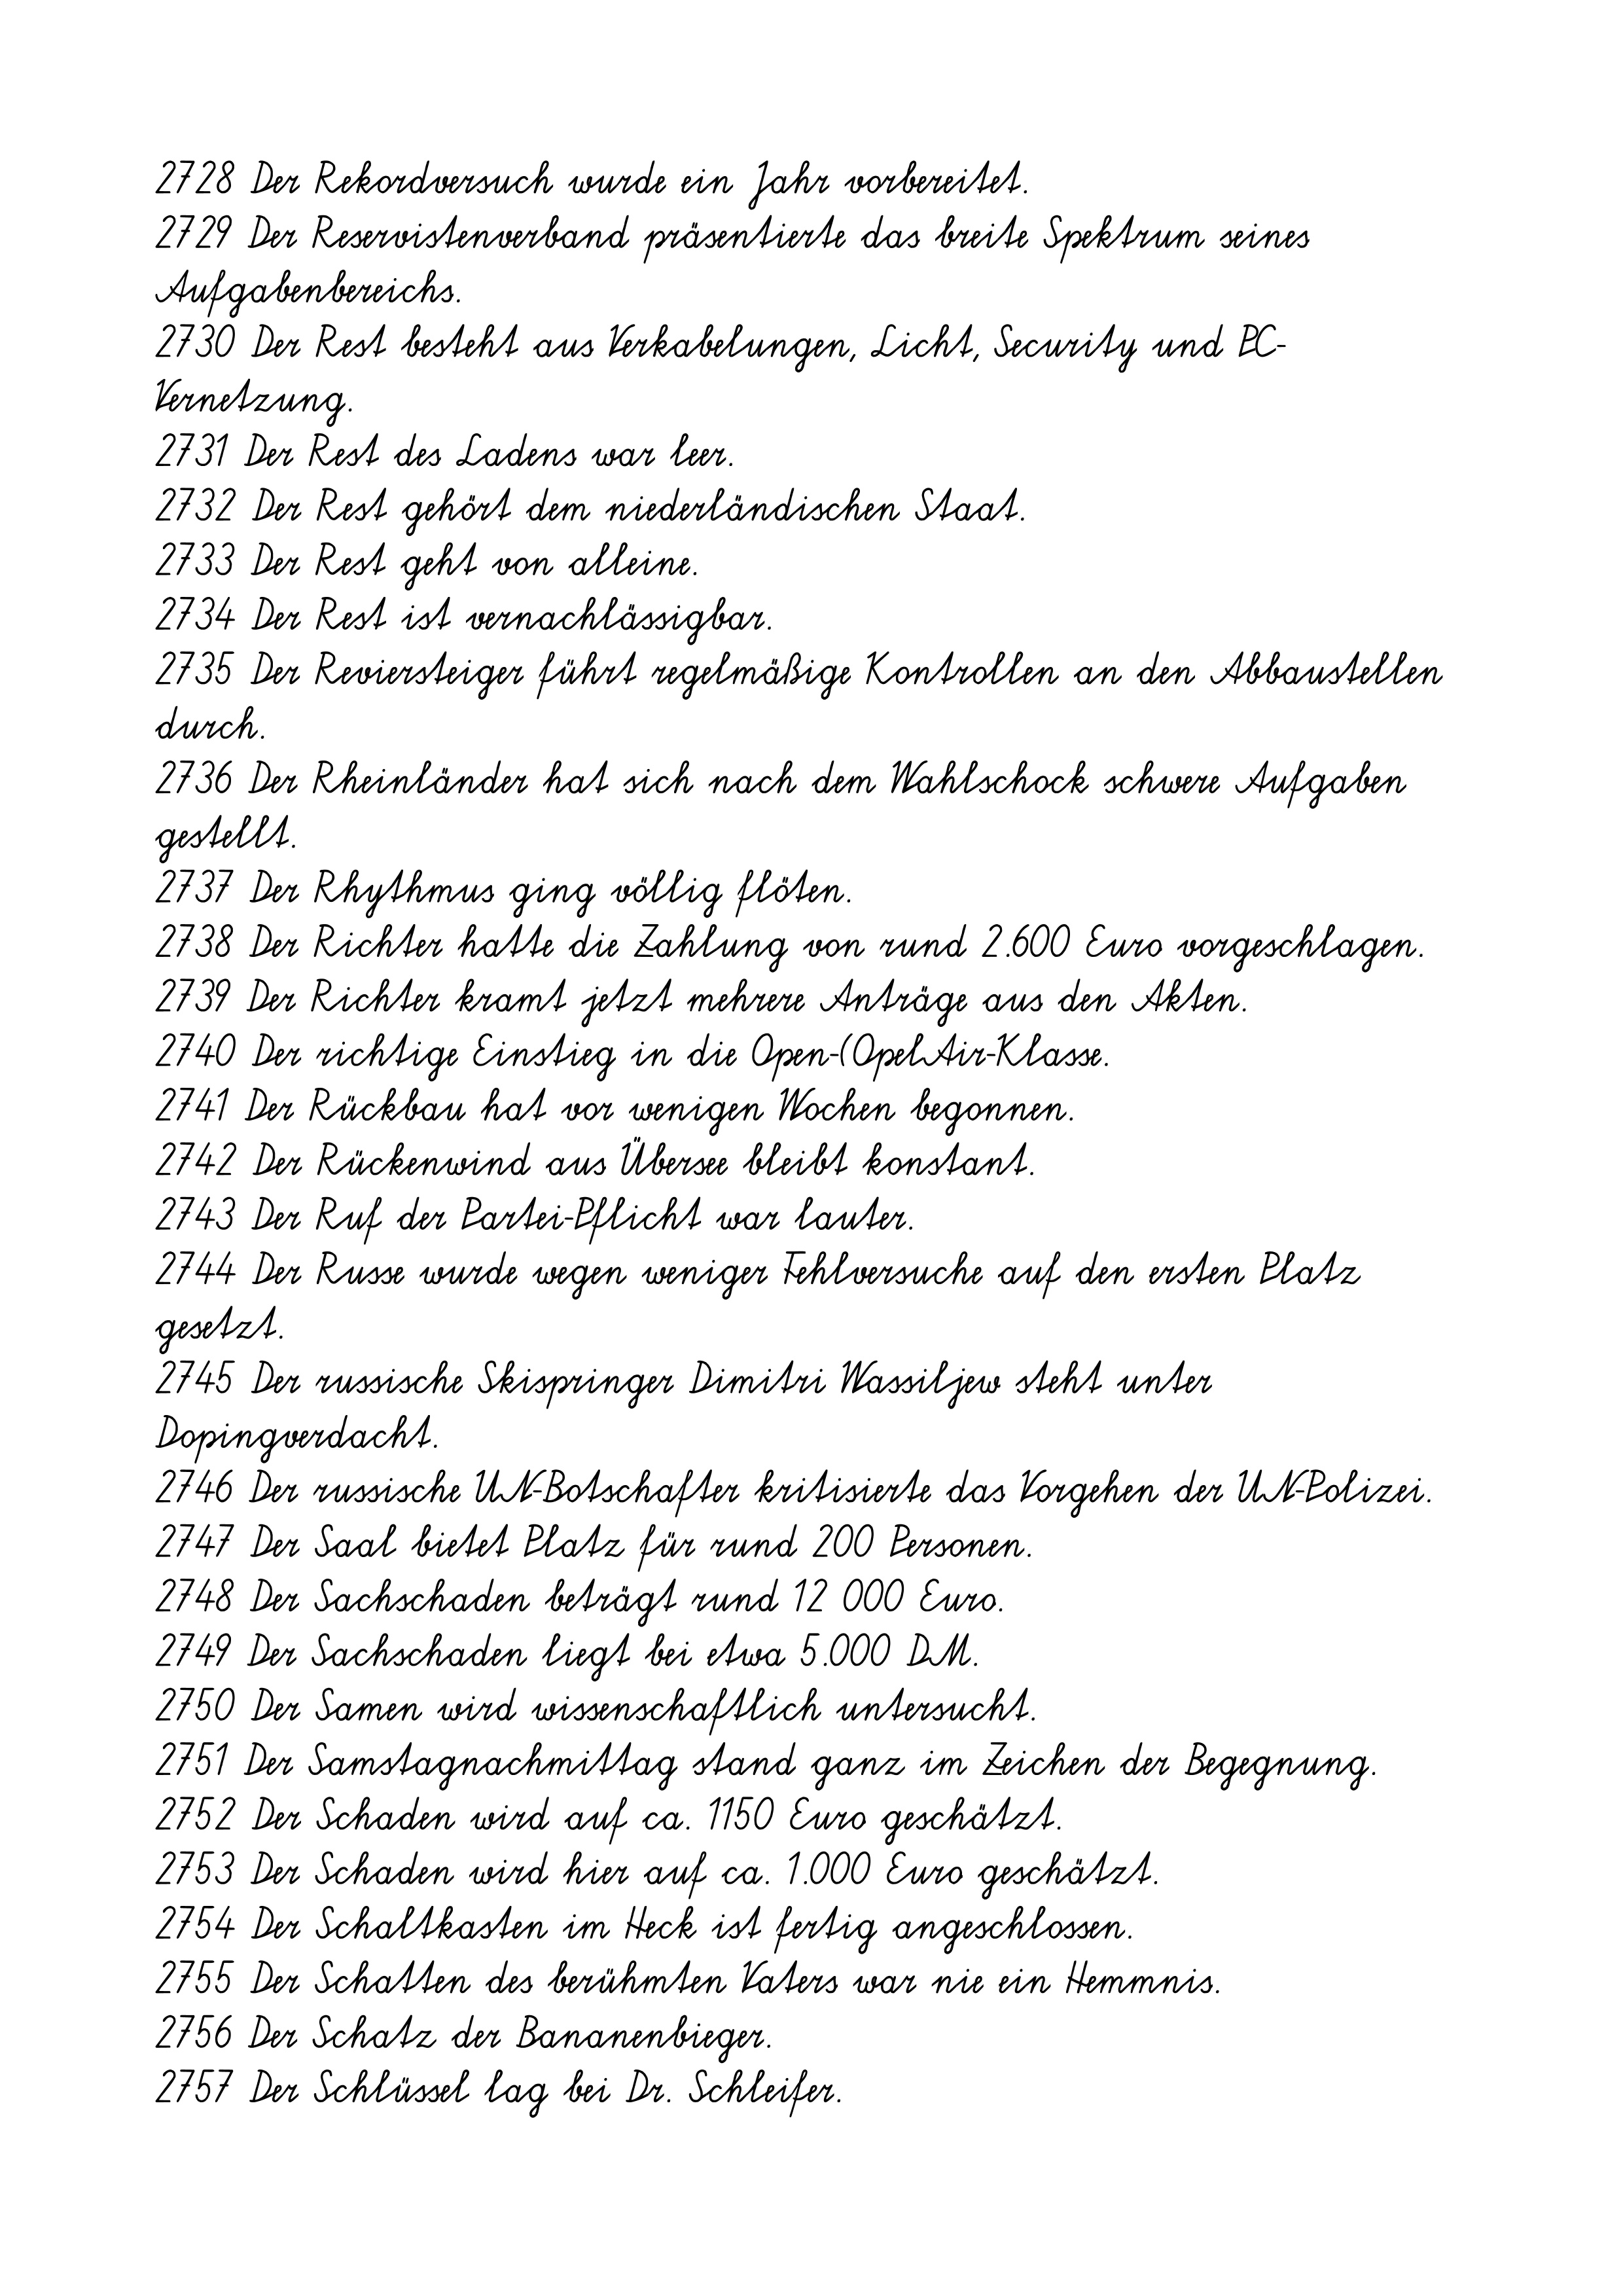
2728 Der Rekordversuch wurde ein Jahr vorbereitet.
2729 Der Reservistenverband präsentierte das breite Spektrum seines
Aufgabenbereichs.
2730 Der Rest besteht aus Verkabelungen, Licht, Security und PC-
Vernetzung.
2731 Der Rest des Ladens war leer.
2732 Der Rest gehört dem niederländischen Staat.
2733 Der Rest geht von alleine.
2734 Der Rest ist vernachlässigbar.
2735 Der Reviersteiger führt regelmäßige Kontrollen an den Abbaustellen
durch.
2736 Der Rheinländer hat sich nach dem Wahlschock schwere Aufgaben
gestellt.
2737 Der Rhythmus ging völlig flöten.
2738 Der Richter hatte die Zahlung von rund 2.600 Euro vorgeschlagen.
2739 Der Richter kramt jetzt mehrere Anträge aus den Akten.
2740 Der richtige Einstieg in die Open-(OpelAir-Klasse.
2741 Der Rückbau hat vor wenigen Wochen begonnen.
2742 Der Rückenwind aus Übersee bleibt konstant.
2743 Der Ruf der Partei-Pflicht war lauter.
2744 Der Russe wurde wegen weniger Fehlversuche auf den ersten Platz
gesetzt.
2745 Der russische Skispringer Dimitri Wassiljew steht unter
Dopingverdacht.
2746 Der russische UN-Botschafter kritisierte das Vorgehen der UN-Polizei.
2747 Der Saal bietet Platz für rund 200 Personen.
2748 Der Sachschaden beträgt rund 12 000 Euro.
2749 Der Sachschaden liegt bei etwa 5.000 DM.
2750 Der Samen wird wissenschaftlich untersucht.
2751 Der Samstagnachmittag stand ganz im Zeichen der Begegnung.
2752 Der Schaden wird auf ca. 1150 Euro geschätzt.
2753 Der Schaden wird hier auf ca. 1.000 Euro geschätzt.
2754 Der Schaltkasten im Heck ist fertig angeschlossen.
2755 Der Schatten des berühmten Vaters war nie ein Hemmnis.
2756 Der Schatz der Bananenbieger.
2757 Der Schlüssel lag bei Dr. Schleifer.